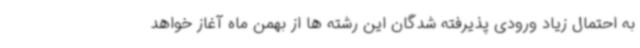
به احتمال زیاد ورودی پذیرفته شدگان این رشته ها از بهمن ماه آغاز خواهد